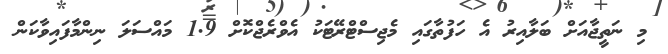
މި ނަތީޖާއަށް ބަލާއިރު އެ ހަފުތާގައި މެޖިސްޓްރޭޓަކު އެވްރެޖްކޮށް 1.9 މައްސަލަ ނިންމާފައިވާކަން